Insane asylums in Bengal annual reports 1867-1875 - 1867-1875
Year: 1867
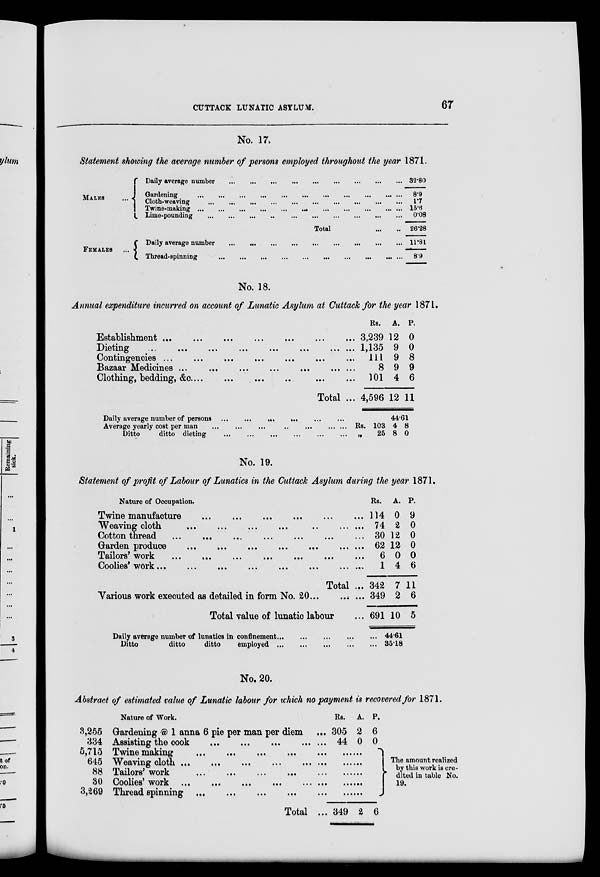
CUTTACK LUNATIC ASYLUM.
67
No. 17.
Statement showing the average number of persons employed throughout the year 1871.
MALES
...
Daily average number
...
...
...
...
...
...
...
...
...
Gardening
...
...
...
...
...
...
...
...
...
...
Cloth-weaving
...
...
...
...
...
...
...
...
...
...
Twine-making
...
...
...
...
...
...
...
...
...
...
Lime-pounding ... ... ... ... ... ... ... ... ... ...
Total
...
...
FEMALES ...
Daily average number
...
...
...
...
...
...
...
...
...
Thread-spinning
...
...
...
...
...
...
...
...
...
...
32.80
8.9
1.7
15.6
0.08
26.28
11.81
8.9
No. 18.
Annual expenditure incurred on account of Lunatic Asylum at Cuttack for the year 1871.
Establishment ... ... ... ... ... ... ...
Dieting
...
...
...
...
...
...
...
...
Contingencies ... ... ... ... ... ... ...
Bazaar Medicines
...
...
...
...
...
...
...
Clothing, bedding, &c.
...
...
...
...
...
...
Total ...
Rs.
3,239
1,135
111
8
101
4,596
A.
12
9
9
9
4
12
P.
0
0
8
9
6
11
Daily average number of persons
...
...
...
...
...
...
Average yearly cost per man
...
...
...
...
...
...
...
Ditto
ditto dieting
...
...
...
...
...
...
44.61
Rs.
„
103
25
4
8
8
0
No. 19.
Statement of profit of Labour of Lunatics in the Cuttack Asylum during the year 1871.
Nature of Occupation.
Twine manufacture
...
...
...
...
...
...
Weaving cloth
...
...
...
...
...
...
...
Cotton thread ... ... ... ... ... ... ...
Garden produce
...
...
...
...
...
...
...
Tailors' work ... ... ... ... ... ... ...
Coolies' work
...
...
...
...
...
...
...
Total ...
Various work executed as detailed in form No. 20... ... ...
Total value of lunatic labour ....
Rs.
114
74
30
62
6
1
342
349
691
A.
0
2
12
12
0
4
7
2
10
P.
9
0
0
0
0
6
11
6
5
Daily average number of lunatics in confinement
...
...
...
...
...
Ditto
ditto
ditto
employed ... ... ... ... ...
44.61
35.18
No, 20.
Abstract of estimated value of Lunatic labour for which no payment is recovered for 1871.
3,255
334
5,715
645
88
30
3,269
Nature of Work.
Gardening @ 1 anna 6 pie per man per diem ...
Assisting the cook
...
...
...
...
...
Twine making
...
...
...
...
...
Weaving cloth
...
...
...
...
...
...
Tailors' work
...
...
...
...
...
Coolies' work
...
...
...
...
...
...
Thread spinning
...
...
...
...
...
Total ...
Rs.
305
44
A.
2
0
P.
6
0
......
......
......
......
......
349 2 6
The amount realized
by this work is cre-
dited in table No.
19.